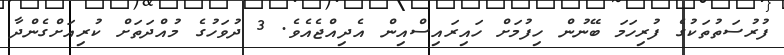
ފުރުސަތުތަކުގެ ފުރިހަމަ ބޭނުން ހިފުމަށް ހައިރައިސްއިން އެދިއްޖެއެވެ. 3 ދުވަހުގެ މުއްދަތަށް ކުރިއަށްގެންދާ